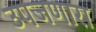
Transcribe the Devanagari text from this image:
उपजणारा